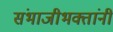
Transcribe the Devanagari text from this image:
संभाजीभक्तांनी